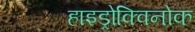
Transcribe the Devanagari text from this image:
हाइड्रोक्विनोक